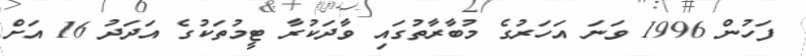
ފަހުން 1996 ވަނަ އަހަރުގެ މުބާރާތުގައި ވާދަކުރާ ޓީމުތަކުގެ އަދަދު 16 އަށް